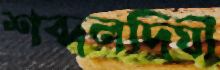
শব্দলদিঘী